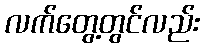
လက်တွေ့တွင်လည်း